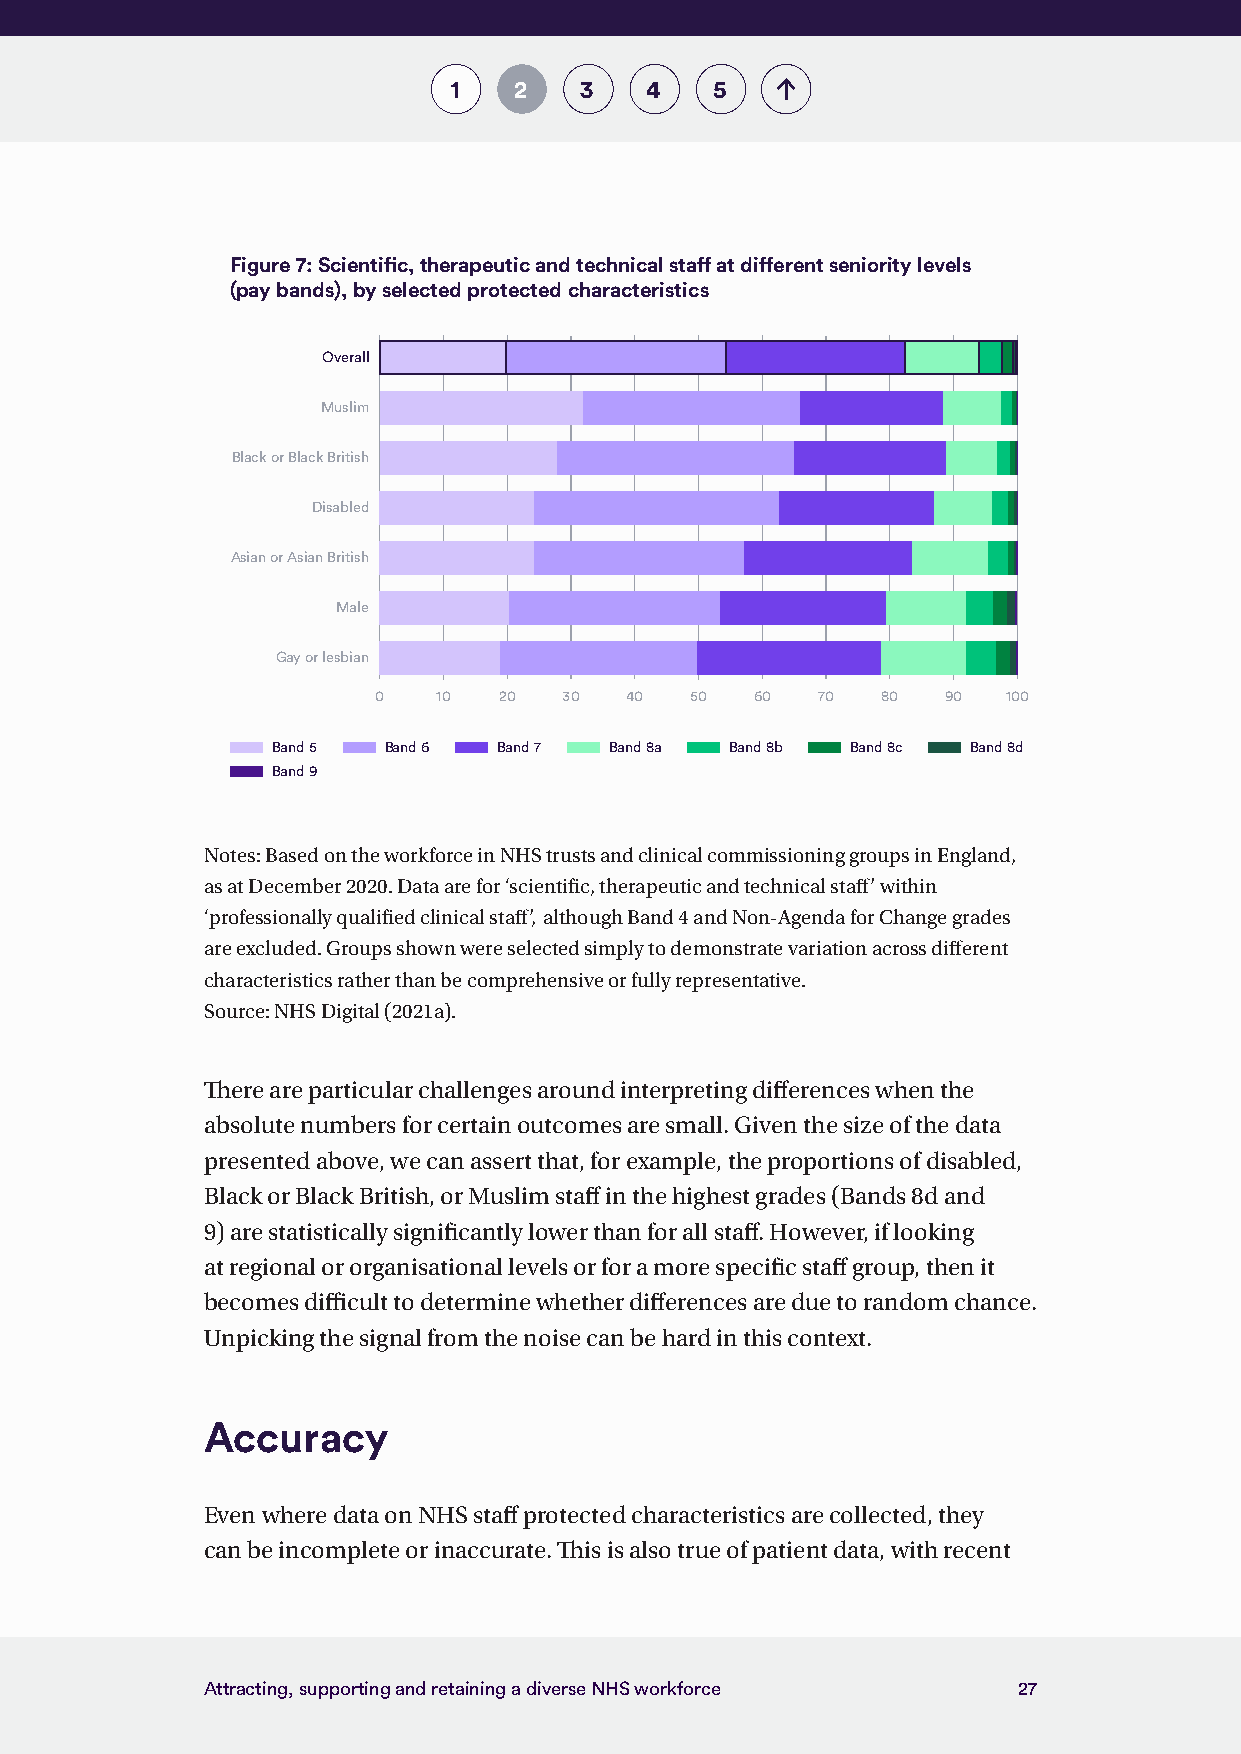
1   2   3    4   5
 Figure 7: Scientific, therapeutic and technical staff at different seniority levels
 (pay bands), by selected protected characteristics
 Overall
 Muslim
 Black or Black British
 Disabled
 Asian or Asian British
 Male
 Gay or lesbian
 0   10  20  30  40   50  60  70  80   90  100
 Band 5 Band 6  Band 7 Band 8a Band 8b Band 8c Band 8d
 Band 9
 Notes: Based on the workforce in NHS trusts and clinical commissioning groups in England,
 as at December 2020. Data are for ‘scientific, therapeutic and technical staff’ within
 ‘professionally qualified clinical staff’, although Band 4 and Non-Agenda for Change grades
 are excluded. Groups shown were selected simply to demonstrate variation across different
 characteristics rather than be comprehensive or fully representative.
 Source: NHS Digital (2021a).
 There are particular challenges around interpreting differences when the
 absolute numbers for certain outcomes are small. Given the size of the data
 presented above, we can assert that, for example, the proportions of disabled,
 Black or Black British, or Muslim staff in the highest grades (Bands 8d and
 9) are statistically significantly lower than for all staff. However, if looking
 at regional or organisational levels or for a more specific staff group, then it
 becomes difficult to determine whether differences are due to random chance.
 Unpicking the signal from the noise can be hard in this context.
 Accuracy
 Even where data on NHS staff protected characteristics are collected, they
 can be incomplete or inaccurate. This is also true of patient data, with recent
 Attracting, supporting and retaining a diverse NHS workforce 27